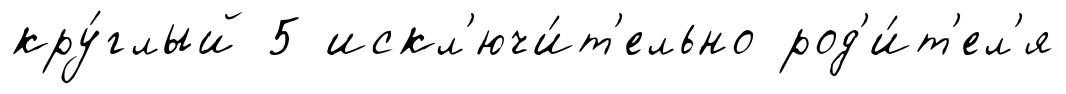
кру́глый 5 искл'ючи́т'ельно род'и́т'ел'я